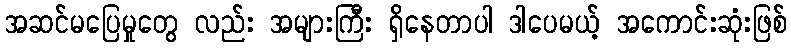
အဆင်မပြေမှုတွေ လည်း အများကြီး ရှိနေတာပါ ဒါပေမယ့် အကောင်းဆုံးဖြစ်